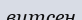
витсен